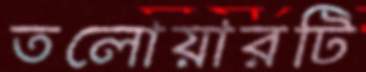
তলোয়ারটি